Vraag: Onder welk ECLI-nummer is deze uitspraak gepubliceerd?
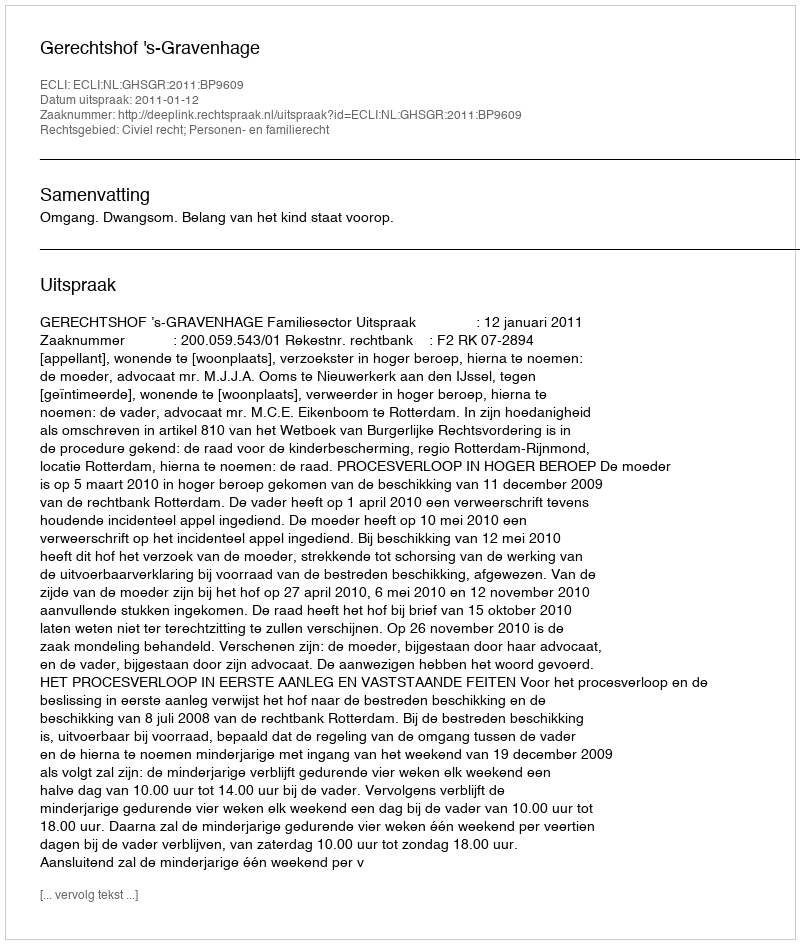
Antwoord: ECLI:NL:GHSGR:2011:BP9609